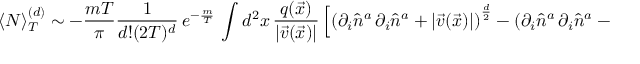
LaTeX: \langle N \rangle _ { T } ^ { ( d ) } \sim - \frac { m T } { \pi } \frac { 1 } { d ! ( 2 T ) ^ { d } } \, e ^ { - \frac { m } { T } } \, \int d ^ { 2 } x \, \frac { q ( \vec { x } ) } { | \vec { v } ( \vec { x } ) | } \left[ \left( \partial _ { i } \hat { n } ^ { a } \, \partial _ { i } \hat { n } ^ { a } + | \vec { v } ( \vec { x } ) | \right) ^ { \frac { d } { 2 } } - \left( \partial _ { i } \hat { n } ^ { a } \, \partial _ { i } \hat { n } ^ { a } - | \vec { v } ( \vec { x } ) | \right) ^ { \frac { d } { 2 } } \right]